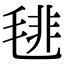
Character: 毴